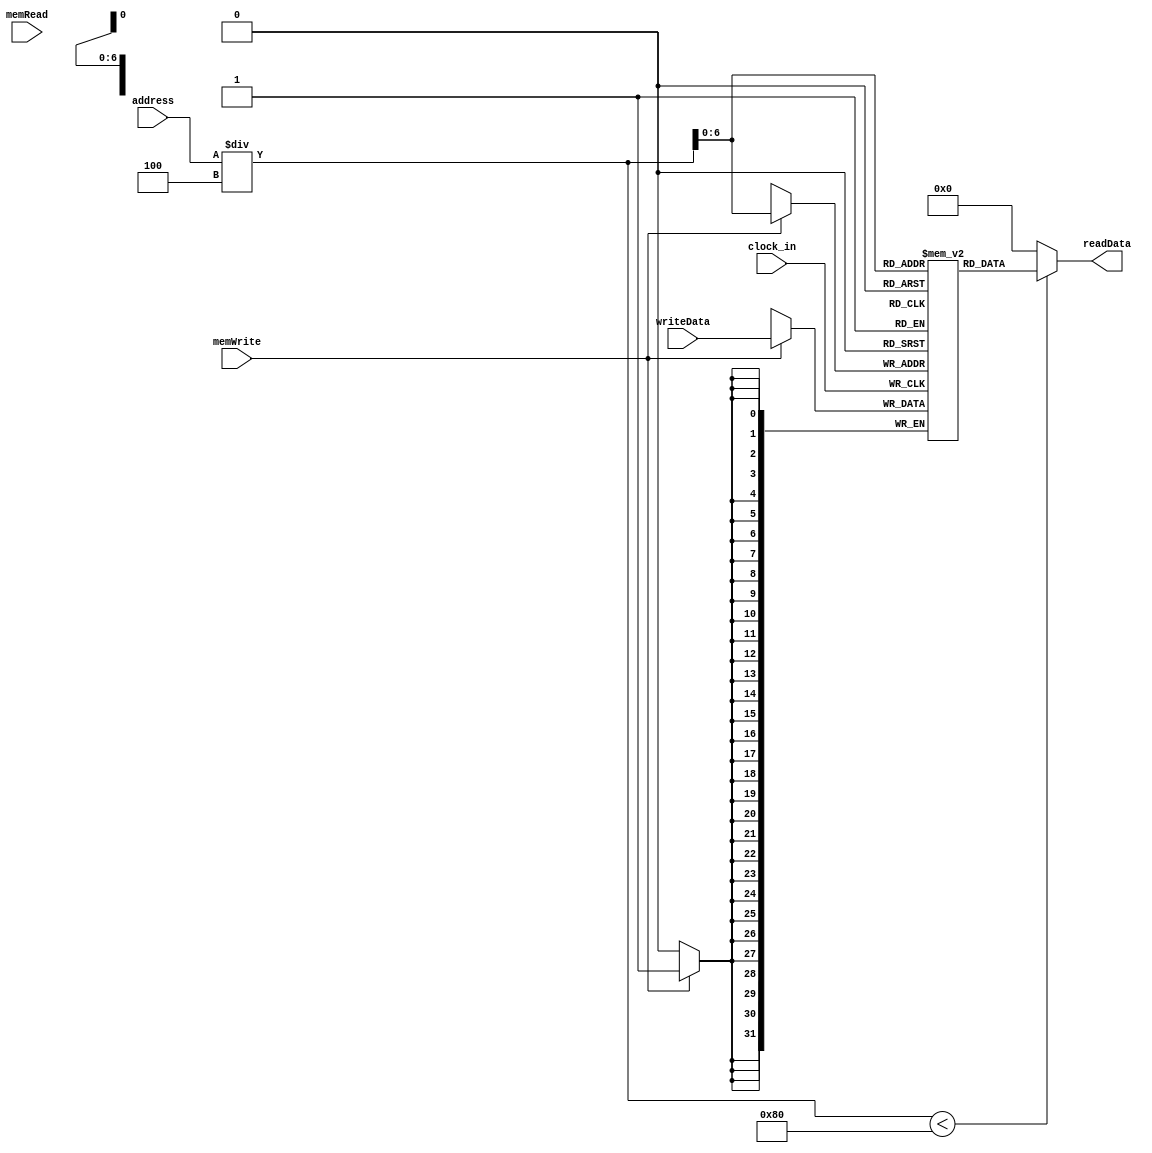
`timescale 1ns / 1ps
//////////////////////////////////////////////////////////////////////////////////
// Company: 
// Engineer: 
// 
// Design Name: 
// Module Name:    dataMemory 
// Project Name: 
// Target Devices: 
// Tool versions: 
// Description: 
//
// Dependencies: 
//
// Revision: 
// Revision 0.01 - File Created
// Additional Comments: 
//
//////////////////////////////////////////////////////////////////////////////////
module dataMemory(
    input clock_in,
    input [31:0] address,
    input [31:0] writeData,
    output reg [31:0] readData,
    input memWrite,
    input memRead
    );
	 
	 reg [31:0] memFile [127:0];
	 
	 always @(memRead)
	 begin
		if(address/4<128)	readData = memFile[address/4];    //avoid unexpected error
		else readData = 32'b00000000000000000000000000000000;
	 end
	 
	 always @(negedge clock_in)
	 begin
		if(memWrite)  memFile[address/4] = writeData;
	 end


endmodule